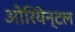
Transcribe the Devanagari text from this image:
ओरियेन्टल